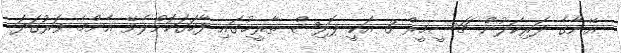
އޭނާގެ ދަރިކަލުން ޗަސީމީރް 3 އަކީ ޕޮލިޝް ތާރީޚުގައި ފާހަގަކޮށްލެވޭ އެންމެ ވަރުގަދަ